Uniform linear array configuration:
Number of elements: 12
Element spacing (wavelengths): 0.75
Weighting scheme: kaiser
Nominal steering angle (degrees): -15
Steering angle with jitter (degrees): -15.032
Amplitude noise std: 0.05
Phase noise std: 0.05

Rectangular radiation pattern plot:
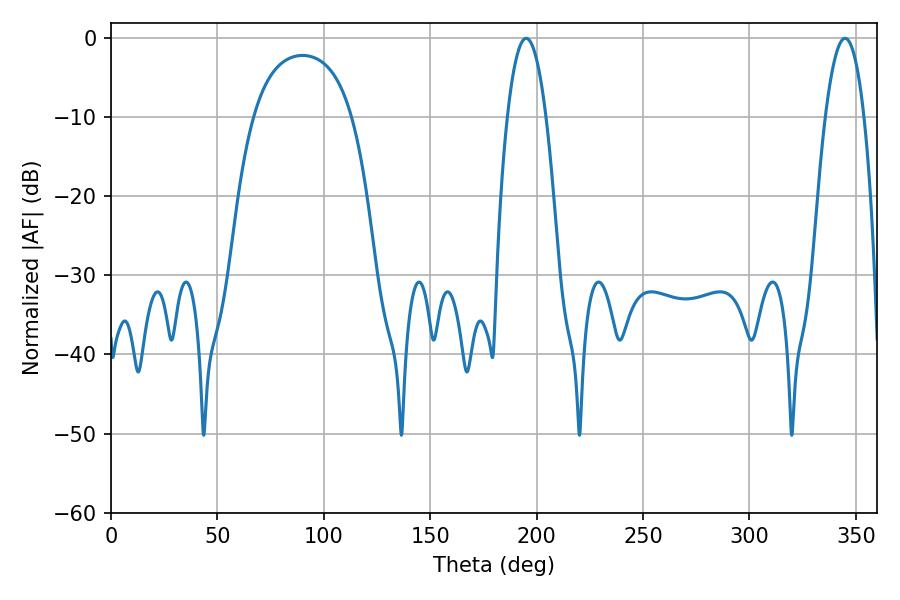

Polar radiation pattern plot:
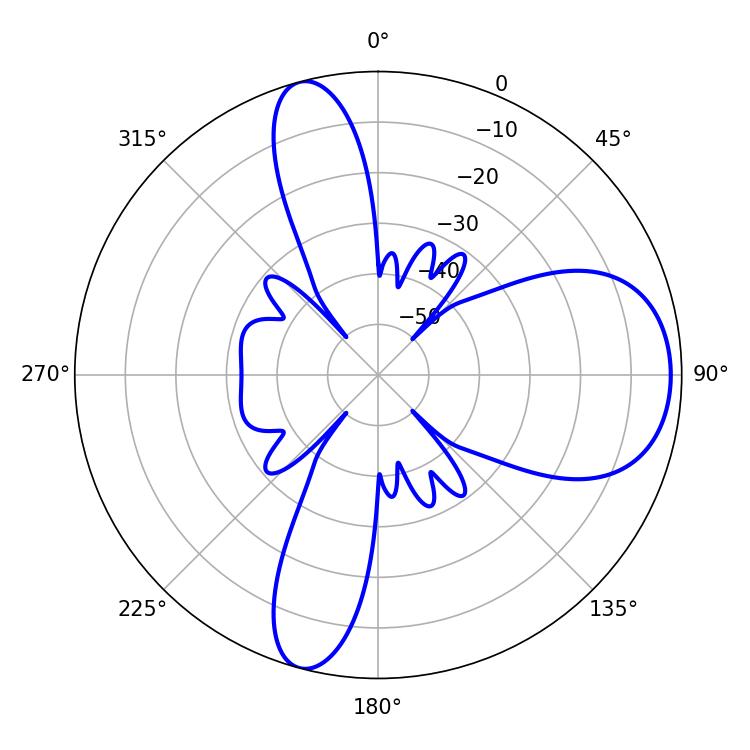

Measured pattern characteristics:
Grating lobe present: TRUE
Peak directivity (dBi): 9.313
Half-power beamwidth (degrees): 10.08
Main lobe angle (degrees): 195.12